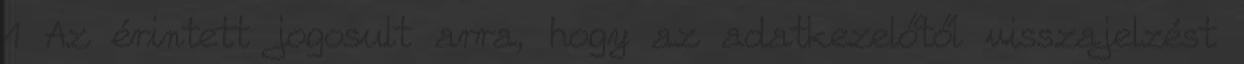
1 Az érintett jogosult arra, hogy az adatkezelőtől visszajelzést